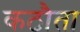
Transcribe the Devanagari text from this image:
कठौता